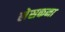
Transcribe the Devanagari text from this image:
लेसकना